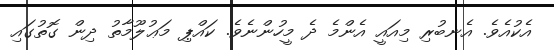
އެކުއެވެ. އެނބުރި މިއައީ އެންމެ ދެ މީހުންނެވެ. ކައްޕި މަޢުލޫމާތު ދިން ގޮތުގައި